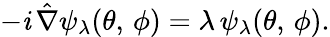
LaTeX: -\mathit{i}\, \hat{{\nabla}}\psi_{\lambda}(\theta,\, \phi)=\lambda\, \psi_{\lambda}(\theta,\, \phi).